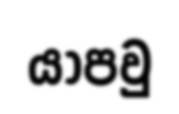
යාපවු